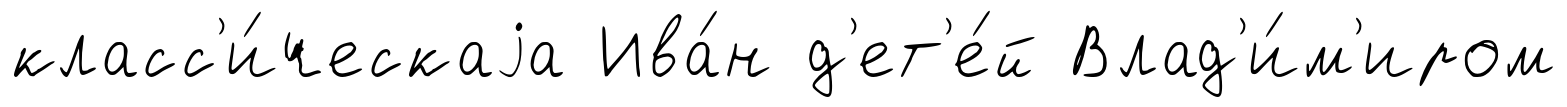
класс'и́ческаjа Ива́н д'ет'е́й Влад'и́м'иром